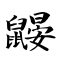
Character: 鼹